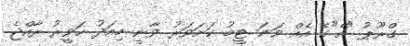
ގްރޫޕު "އޭ"ގެ އެއް ވަނަ ޓީމު ކަށަވަރު ވާނީ މިއަދު ހަވީރު ރާއްޖެ